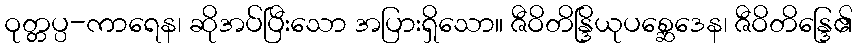
ဝုတ္တပ္ပ-ကာရေန၊ ဆိုအပ်ပြီးသော အပြားရှိသော။ ဇီဝိတိန္ဒြိယုပစ္ဆေဒေန၊ ဇီဝိတိန္ဒြေ၏